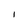
Character: I